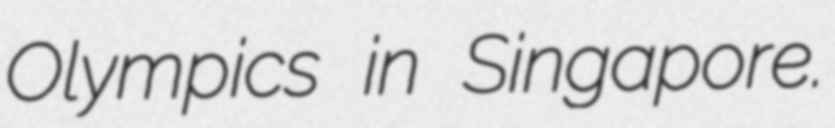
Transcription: Olympics in Singapore.